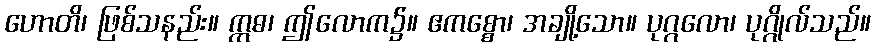
ဟောတိ၊ ဖြစ်သနည်း။ ဣဓ၊ ဤလောက၌။ ဧကစ္စော၊ အချို့သော။ ပုဂ္ဂလော၊ ပုဂ္ဂိုလ်သည်။